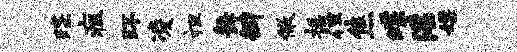
蹀疽环凌袒舞瓣儆摇但焦蝶淫嫖